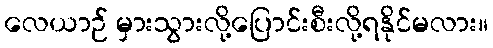
လေယာဉ် မှားသွားလို့ပြောင်းစီးလို့ရနိုင်မလား။